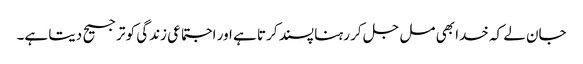
جان لے کہ خدا بھی مل جل کر رہنا پسند کرتا ہے اور اجتماعی زندگی کو ترجیح دیتا ہے۔